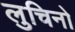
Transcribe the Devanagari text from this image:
लुचिनो